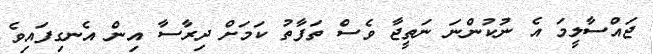
ޖައްސާލީމަ އެ ނުކުންނަ ނަތީޖާ ވެސް ތަފާތު ކަމަށް ދިރާސާ އިން އެނގިފައިވެ